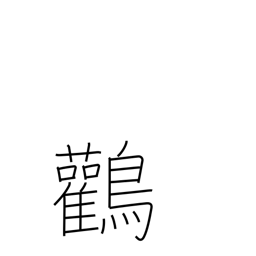
Meaning: Japanese stork